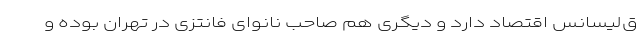
ق‌لیسانس اقتصاد دارد و دیگری هم صاحب نانوای فانتزی در تهران بوده و